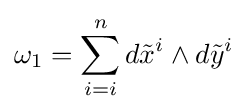
\omega _{1}=\sum _{i=i}^{n}d{\tilde {x}}^{i}\wedge d{\tilde {y}}^{i}